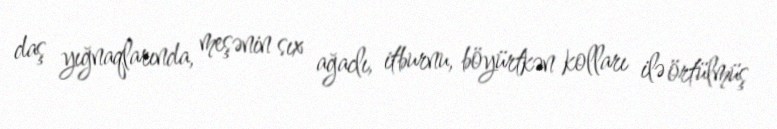
daş yığnaqlarında, meşənin sıx ağaclı, itburnu, böyürtkən kolları ilə örtülmüş